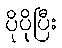
ပိုပိုပြီး